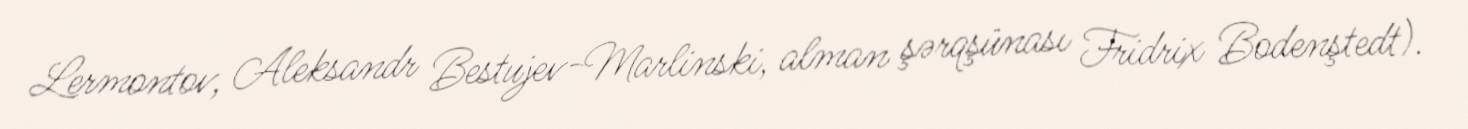
Lermontov, Aleksandr Bestujev-Marlinski, alman şərqşünası Fridrix Bodenştedt).